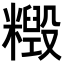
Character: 𥼹